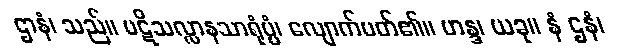
ဌာနံ၊ သည်။ ပဋိသလ္လာနသာရုံပ္ပံ၊ လျောက်ပတ်၏။ ဟန္ဒ၊ ယခု။ နံ ဌနံ၊